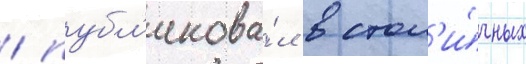
/ публ'икова́л в стол'и́чных